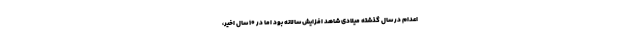
اعدام در سال گذشته میلادی شاهد افزایش سالانه بود اما در 10 سال اخیر،